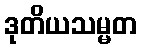
ဒုတိယသမ္မတ